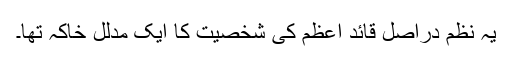
یہ نظم دراصل قائدِ اعظم کی شخصیت کا ایک مدلل خاکہ تھا۔